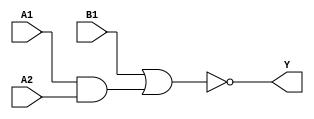
module sky130_fd_sc_lp__a21oi_2 (
    Y ,
    A1,
    A2,
    B1
);
    output Y ;
    input  A1;
    input  A2;
    input  B1;
    wire and0_out  ;
    wire nor0_out_Y;
    and and0 (and0_out  , A1, A2         );
    nor nor0 (nor0_out_Y, B1, and0_out   );
    buf buf0 (Y         , nor0_out_Y     );
endmodule